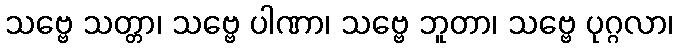
သဗ္ဗေ သတ္တာ၊ သဗ္ဗေ ပါဏာ၊ သဗ္ဗေ ဘူတာ၊ သဗ္ဗေ ပုဂ္ဂလာ၊